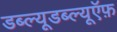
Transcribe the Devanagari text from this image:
डब्ल्यूडब्ल्यूऍफ़